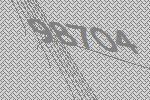
98704